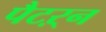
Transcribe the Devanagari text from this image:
पैटऱ्न